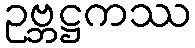
ဥဗ္ဘဋ္ဌကဿ